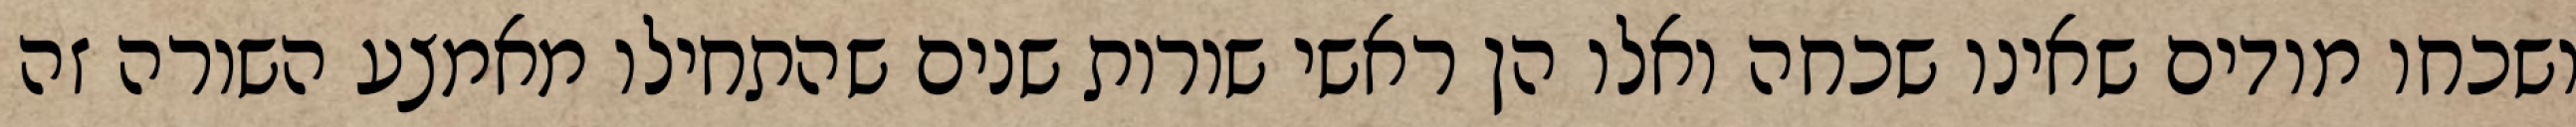
ושכחו מודים שאינו שכחה ואלו הן ראשי שורות שנים שהתחילו מאמצע השורה זה